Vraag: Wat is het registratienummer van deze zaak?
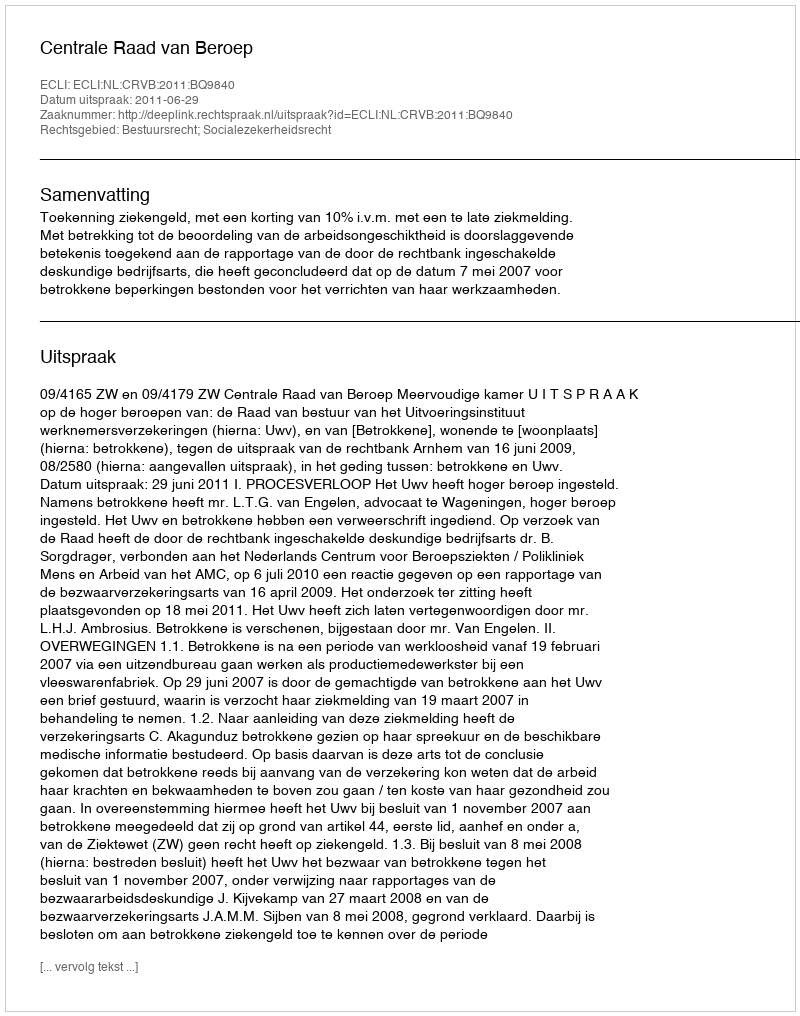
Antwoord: http://deeplink.rechtspraak.nl/uitspraak?id=ECLI:NL:CRVB:2011:BQ9840